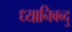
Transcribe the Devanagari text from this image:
ध्यानिबन्दु